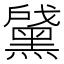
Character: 𲎖